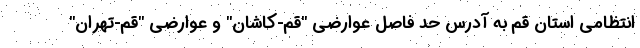
انتظامی استان قم به آدرس حد فاصل عوارضی "قم-کاشان" و عوارضی "قم-تهران"